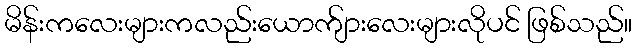
မိန်းကလေးများကလည်းယောက်ျားလေးများလိုပင် ဖြစ်သည်။